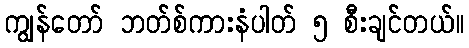
ကျွန်တော် ဘတ်စ်ကားနံပါတ် ၅ စီးချင်တယ်။